Vaccination North-Western Provinces and Oudh 1896-1901 - 1896-1901
Year: 1896
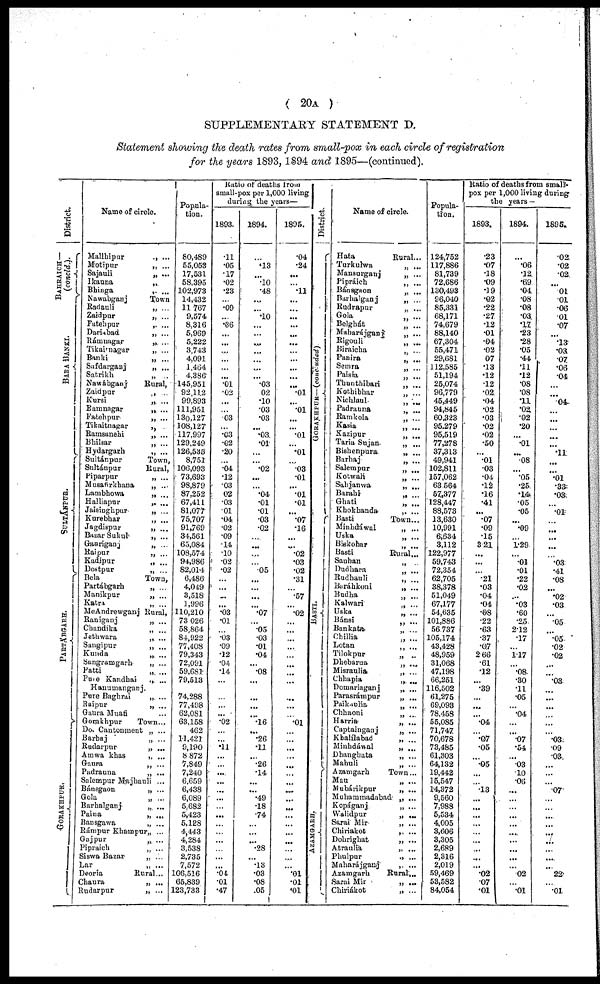
( 20A )
SUPPLEMENTARY STATEMENT D.
Statement showing the death rates from small-pox in each circle of registration
for the years 1893, 1894 and 1895—(continued).
District.
BAHRAICH—
(concld.).
BARA BANKI.
SULTANPUR.
PARTÁBGARH.
GORAKHPUR.
Name of circle.
Mallhipur
Motipur
Sajauli
Ikauna
Bhinga
Nawabganj
Radauli
Zaidpur
Fatehpur
Dariabad
Rámnagar
Tikairnagar
Banki
Safdarganj
Satrikh
Nawábganj
Zaidpur
Kursi
Ramnagar
Fatehpur
Tikaitnagar
Ramsanehi
Bhilsar
Hydargarh
Sultánpur
Sultánpur
Piparpur
Musafirkhana
Lambhowa
Halliapur
Jaisinghpur
Kurebhar
Jagdispur
Bazar Sukul
Gauriganj
Raipur
Kadipur
Dostpur
Bela
Partábgarh
Manikpur
Katra
McAndrewganj
Raniganj
Chandika
Jethwara
Sangipur
Kunda
Sangramgarh
Patti
Pure Kandhai
Hanumanganj
Pure Baghrai
Raipur
Gaura Muafi
Gorakhpur
Do. Cantonment
Barhaj
Rudarpur
Amwa khas
Gaura
Padrauna
Salempur Majhauli
Bánsgaon
Gola
Barhalganj
Paina
Bansgawa
Rámpur Khampur
Gajpur
Pipraich
Siswa Bazar
Lar
Deoria
Chaura
Rudarpur
„ ...
„ ...
„ ...
„ ...
„ ...
Town
„ ...
„ ...
„ ...
„ ...
„ ...
„ ...
„ ...
„ ...
„ ...
Rural,
„ ...
„ ...
„ ...
„ ...
„ ...
„ ...
„ ...
„ ...
Town,
Rural,
„ ...
„ ...
„ ...
„ ...
„ ...
„ ...
„ ...
„ ...
„ ...
„ ...
„ ...
„ ...
Town,
„ ...
„ ...
„ ...
Rural,
„ ...
„ ...
„ ...
„ ...
„ ...
„ ...
„ ...
„ ...
„ ...
„ ...
„ ...
„ ...
Town...
„ ...
„ ...
„ ...
„ ...
„ ...
„ ...
„ ...
„ ...
„ ...
„ ...
„ ...
„ ...
„ ...
„ ...
„ ...
„ ...
„ ...
Rural...
„ ...
„ ...
Popula-
tion.
80,489
55,053
17,531
58,395
102,973
14,432
11,767
9,574
8,316
5,969
5,222
3,743
4,091
1,464
4,386
145,951
92,112
99,893
111,951
130,127
108,127
117,997
129,249
126,535
8,751
106,093
73,693
98,879
87,252
67,411
81,077
75,707
91,769
34,561
65,084
108,574
94,986
82,014
6,486
4,049
3,518
1,996
110,210
73,026
58,864
84,922
77,408
79,343
72,091
59,681
79,513
74,288
77,498
62,081
63,158
462
11,421
9,190
8,872
7,849
7,240
6,659
6,438
6,089
5,682
5,423
5,128
4,443
4,284
3,538
2,735
7,572
106,516
65,839
123,733
Ratio of deaths from
small-pox per 1,000 living
during the years—
1893.
.11
.05
.17
.02
.23
...
.09
...
.36
...
...
...
...
...
... .01
.02
...
...
.03
...
.03
.02
.20
...
.04
.12
.03
02
.03
.01
.04
.02
.09
.14
.10
.02
.02
...
...
...
... .03
.01
...
.03
.09
.12
.04
.14
...
... ...
...
.02
...
...
.11
...
...
...
...
...
...
...
...
...
...
...
...
...
... .04
.01
.47
1894.
...
.13
...
... .48
...
...
.10
...
...
...
...
...
...
... .03
02
.10
.03
.03
...
.03
.01
...
...
.02
...
... .04
.01
.01
.03
.02
...
...
...
...
.05
...
...
...
...
.07
... .05
.03
.01
.04
...
.08
...
... ...
...
.16
...
.26
...
... .26
.14
...
... .49
.18
.74
...
...
...
.28
...
.13
.03
.08
.05
1895.
.04
.24
...
... .11
...
...
...
...
...
...
...
...
...
...
.01
...
.01
...
...
.01
...
.01
...
.03
.01
...
.01
.01
...
.07
.16
...
...
.02
.03
.02
.31
...
.57
...
.02
...
...
...
...
...
...
...
...
...
...
...
.01
...
...
...
...
...
...
...
...
...
...
...
...
...
...
...
...
... .01
.01
.01
District.
GORAKHPUR—(concuded)
BASTI.
AZAMGARH.
Name of circle.
Hata
Turkutwa
Mansurganj
Pipráich
Bánsgaon
Barhalganj
Rudrapur
Gola
Belghát
Maharájganj
Rigouli
Biraicha
Panira
Semra
Paisia
Thunthibari
Kothibhar
Nichlaul
Padrauna
Ramkola
Kasia
Kazipur
Taria Sujan
Bishenpura
Barhaj
Salempur
Kotwati
Sahjanwa
Barahi
Ghati
Khokhanda
Basti
Minhdáwal
Uska
Biekohar
Basti
Sauhan
Dudhara
Rudhauli
Baráhkoni
Budha
Kalwari
Uska
Bánsi
Bankata
Chillia
Lotan
Tilokpur
Dhebarua
Misraulia
Chhapia
Domariaganj
Parasrámpur
Paikaulia
Chhaoni
Harria
Captainganj
Khalílabad
Minhdáwal
Dhanghata
Mahuli
Azamgarh
Mau
Mubárikpur
Muhammadabad
Kopáganj
Walidpur
Sarai Mir
Chiriakot
Dohrighat
Atraulia
Phulpur
Maharájganj
Azamgarh
Sarai Mir
Chiriákot
Rural...
„ ...
„ ...
„ ...
„ ...
„ ...
„ ...
„ ...
„ ...
„ ...
„ ...
„ ...
„ ...
„ ...
„ ...
„ ...
„ ...
„ ...
„ ...
„ ...
„ ...
„ ...
„ ...
„ ...
„ ...
„ ...
„ ...
„ ...
„ ...
„ ...
„ ...
Town...
„ ...
„ ...
„ ...
Rural...
„ ...
„ ...
„ ...
„ ...
„ ...
„ ...
„ ...
„ ...
„ ...
„ ...
„ ...
„ ...
„ ...
„ ...
„ ...
„ ...
„ ...
„ ...
„ ...
„ ...
„ ...
„ ...
„ ...
„ ...
„ ...
Town...
„ ...
„ ...
„ ...
„ ...
„ ...
„ ...
„ ...
„ ...
„ ...
„ ...
„ ...
Rural...
„ ...
„ ...
Popula-
tion.
124,752
117,886
81,739
72,686
130,493
96,040
85,331
68,171
74,679
88,140
67,304
55,471
29,681
112,585
51,194
25,074
96,779
45,449
94,845
60,323
95.279
95,519
77,278
37,313
49,941
102,811
157,062
63.564
57,377
128,447
88,573
13,630
10,991
6,634
3,112
122,977
59,743
72,354
62,705
38,378
51,049
67,177
54,635
101,886
56737
105,174
43,428
48,959
31,068
47,198
66,251
116,502
61,275
69,093
78,458
55,085
71,747
70,678
73,485
61,303
64,132
19,442
15,547
14,372
9,560
7,988
5,534
4,005
3,606
3,305
2,689
2,316
2,019
59,469
53,582
84,054
Ratio of deaths from small-
pox per 1,000 living during
the years —
1893.
.23
.07
.18
.09
.19
.02
.22
.27
.12
.01
.04
.02
.07
.13
.12
.12
.02
.04
.02
.03
.02
.02
.50
...
.01
.03
.04
.12
.16
.41
...
.07
.09
.15
3.21
...
...
...
.21
.03
.04
.04
.08
.22
.63
.37
.07
2.66
.61
.12
...
.39
...
...
...
.04
...
.07
.05
... .05
...
...
.13
...
...
...
...
...
...
...
...
... .02
.07
.01
1894.
...
.06
.12
.69
.04
.08
.08
.03
.17
.23
.28
.05
.44
.11
.12
.08
.08
.11
.02
.02
.20
... .01
...
.08
...
.05
.25
.14
.05
.05
...
.09
... 1.29
... .01
.01
.22
.02
...
.03
.60
.25
2.12
.17
...
1.17
...
.08
.30
.11
.05
...
.04
...
...
.07
.54
... .03
.10
.06
...
...
...
...
...
...
...
...
...
... .02
...
.01
1895.
.02.
.02
.02
... .01
.01
.06
.01
.07
...
.03
.03
.07
.06
.04
...
...
.04
...
...
...
...
...
.11
...
...
.01
.33
.03
...
.01
...
...
...
...
...
.03
.41
.08
...
.02
.03
...
05
...
.05
.02
.02
...
... .03
...
...
...
...
...
...
.03
.09
.03
...
...
...
.07
...
...
...
...
...
...
...
...
... 22
...
.01